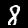
Digit: 8